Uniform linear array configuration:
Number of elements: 4
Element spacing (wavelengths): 0.25
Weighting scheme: binomial
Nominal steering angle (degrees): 15
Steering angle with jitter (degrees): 16.383
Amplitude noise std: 0.05
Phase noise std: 0.05

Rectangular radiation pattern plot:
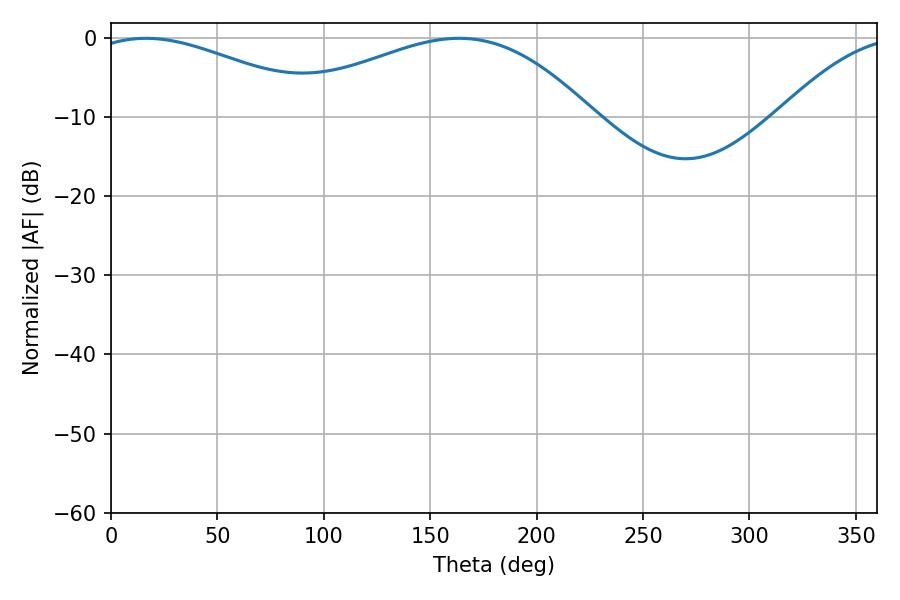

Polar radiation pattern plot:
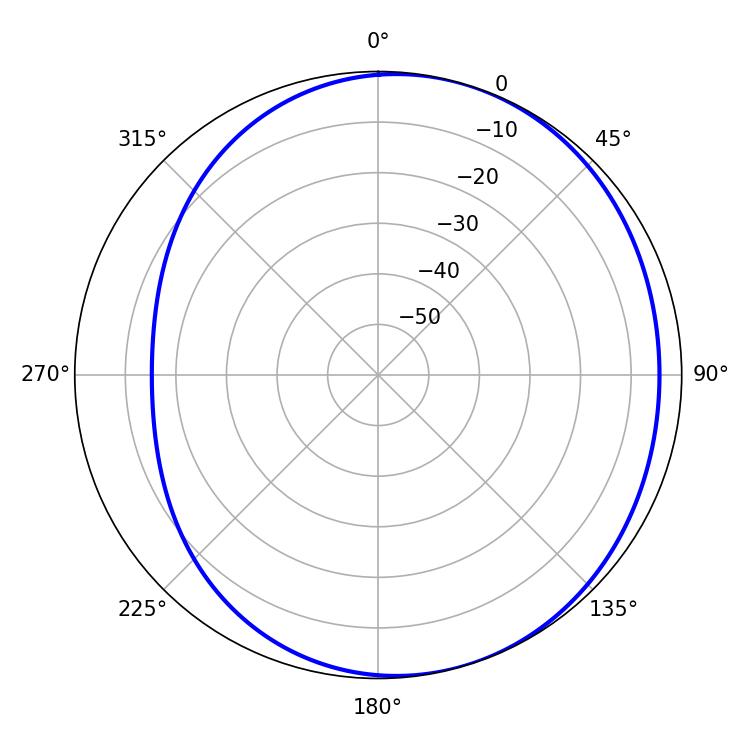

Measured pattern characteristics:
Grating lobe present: FALSE
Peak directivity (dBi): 3.436
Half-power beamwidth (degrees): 61.74
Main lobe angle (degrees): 16.38